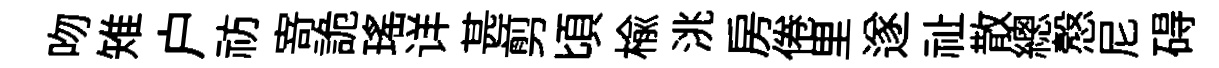
吻雉户祊𭔃詭瑤详甚剪頃榆洮房倦里遂祉散總慤尼碍